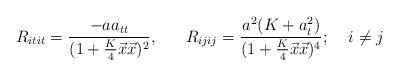
\begin{align*}R_{itit}=\frac{-aa_{tt}}{(1+\frac{K}{4}\vec{x}\vec{x})^2},\;\;\;\;\;\;R_{ijij}=\frac{a^2(K+a_{t}^2)}{(1+\frac{K}{4}\vec{x}\vec{x})^4};\;\;\;\;i\neq j\end{align*}